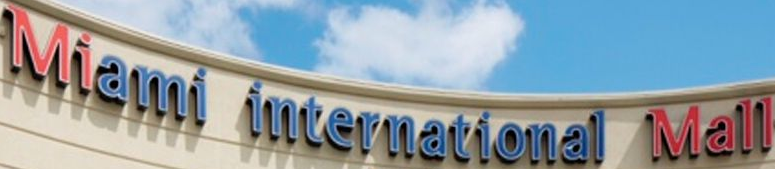
Miami international Mall